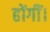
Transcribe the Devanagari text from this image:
होंगीं।